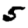
Digit: 5